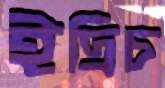
ইদ্রিচ